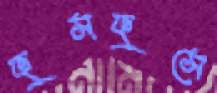
ফুসফুসে